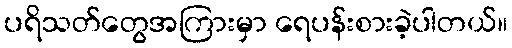
ပရိသတ်တွေအကြားမှာ ရေပန်းစားခဲ့ပါတယ်။